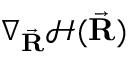
\nabla _ { \vec { \bf R } } \mathcal { H } ( \vec { \bf R } )